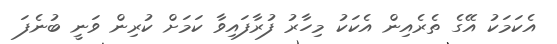
އެކަމަކު އޭގެ ތެރެއިން އެކަކު މިހާރު ފުރާފައިވާ ކަމަށް ކުރިން ވަނީ ބުނެފަ